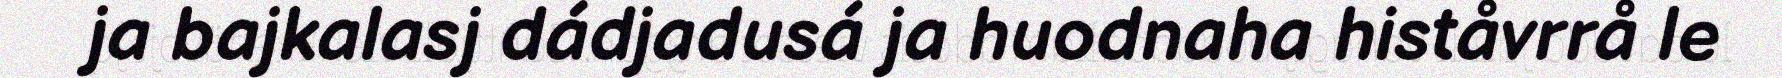
ja bajkalasj dádjadusá ja huodnaha histåvrrå le